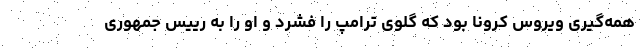
همه‌گیری ویروس کرونا بود که گلوی ترامپ را فشرد و او را به رییس جمهوری